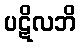
ပဋိလဘိ